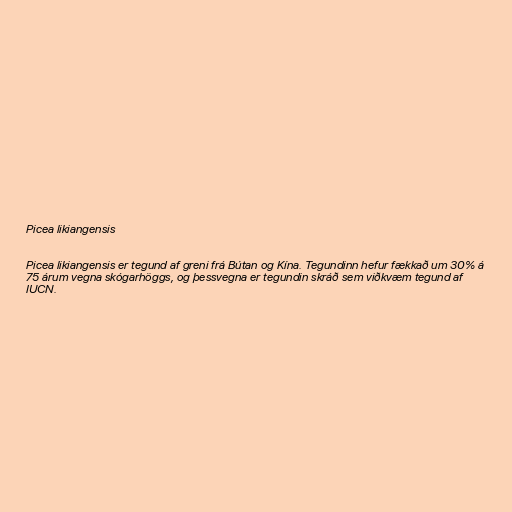
Picea likiangensis

Picea likiangensis er tegund af greni frá Bútan og Kína. Tegundinn hefur fækkað um 30% á
75 árum vegna skógarhöggs, og þessvegna er tegundin skráð sem viðkvæm tegund af
IUCN.